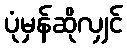
ပုံမှန်ဆိုလျှင်